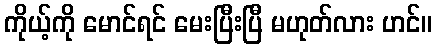
ကိုယ့်ကို မောင်ရင် မေးပြီးပြီ မဟုတ်လား ဟင်။